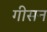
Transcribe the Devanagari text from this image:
गीसन